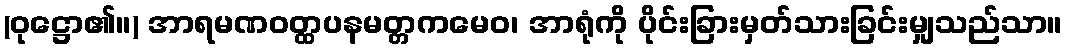
(ဝုဋ္ဌော၏။) အာရမဏဝတ္ထပနမတ္တကမေဝ၊ အာရုံကို ပိုင်းခြားမှတ်သားခြင်းမျှသည်သာ။